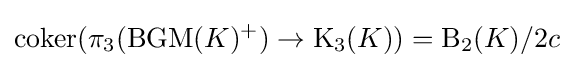
\operatorname {coker} (\pi _{3}(\operatorname {BGM} (K)^{+})\rightarrow \operatorname {K} _{3}(K))=\operatorname {B} _{2}(K)/2c